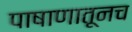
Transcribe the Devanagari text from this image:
पाषाणातूनच